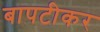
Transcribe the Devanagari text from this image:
बापटीकर